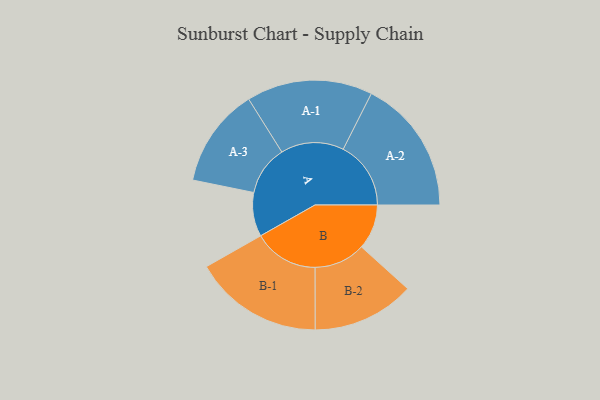
{"axis": {"x": "Segment", "y": "Value"}, "legend": ["", "A", "B"], "data": [{"x": "A", "y": 171, "type": ""}, {"x": "B", "y": 175, "type": ""}, {"x": "A-1", "y": 245, "type": "A"}, {"x": "A-2", "y": 263, "type": "A"}, {"x": "A-3", "y": 193, "type": "A"}, {"x": "B-1", "y": 252, "type": "B"}, {"x": "B-2", "y": 199, "type": "B"}]}